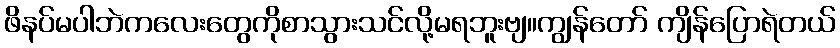
ဖိနပ်မပါဘဲကလေးတွေကိုစာသွားသင်လို့မရဘူးဗျ။ကျွန်တော် ကျိန်ပြောရဲတယ်